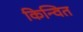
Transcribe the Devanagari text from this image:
किन्वित